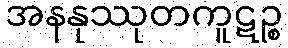
အနနုဿုတကူဋဉ္စ